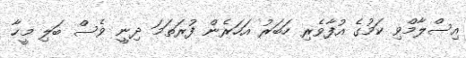
އިސްލާމްވި ކަމުގެ އުފާވެރި ހަބަރު އަހަރެން ފުރަތަމަ ދިނީ ވެސް ބަލި މީހާ